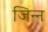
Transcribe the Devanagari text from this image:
जिन्‍न